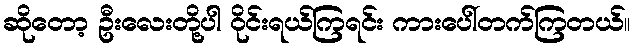
ဆိုတော့ ဦးလေးတို့ပါ ဝိုင်းရယ်ကြရင်း ကားပေါ်တက်ကြတယ်။